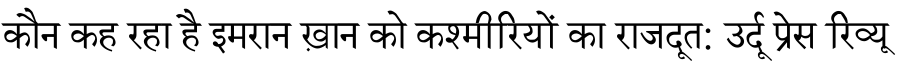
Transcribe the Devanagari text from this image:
कौन कह रहा है इमरान ख़ान को कश्मीरियों का राजदूत: उर्दू प्रेस रिव्यू